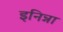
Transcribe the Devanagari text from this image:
इनिन्ना